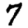
Digit: 7